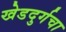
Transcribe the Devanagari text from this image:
खेडदुर्गचा